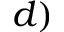
d )